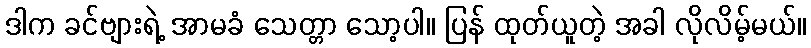
ဒါက ခင်ဗျားရဲ့ အာမခံ သေတ္တာ သော့ပါ။ ပြန် ထုတ်ယူတဲ့ အခါ လိုလိမ့်မယ်။